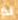
لذا